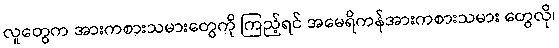
လူတွေက အားကစားသမားတွေကို ကြည့်ရင် အမေရိကန်အားကစားသမား တွေလို၊